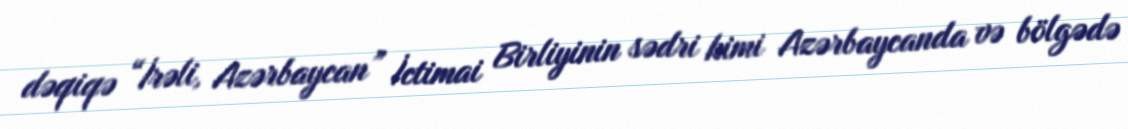
dəqiqə “İrəli, Azərbaycan” İctimai Birliyinin sədri kimi Azərbaycanda və bölgədə